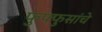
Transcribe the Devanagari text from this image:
फुफ्फुसांचे